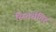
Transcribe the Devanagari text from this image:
स्म्र्तिर्ध्रतिह